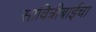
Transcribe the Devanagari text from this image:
सावित्रीबाईचा